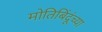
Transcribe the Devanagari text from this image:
मोतिबिंदूंच्या